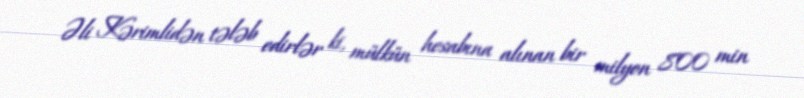
Əli Kərimlidən tələb edirlər ki, mülkün hesabına alınan bir milyon 800 min